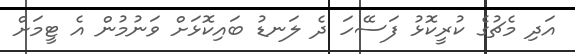
އަދި މެޗުގެ ކުރީކޮޅު ފަސޭހަ ދެ ލަނޑު ބައިކޮޅަށް ވަނުމުން އެ ޓީމަށް